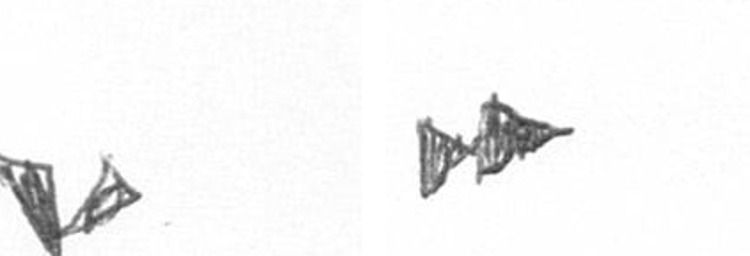
F A